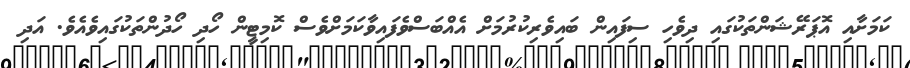
ކަމަށާއި އޮޕަރޭޝަންތަކުގައި ދިވެހި ސިފައިން ބައިވެރިކުރުމަށް އެއްބަސްވެފައިވާކަމަށްވެސް ކޮމިޓީން ހޯދި ހޯދުންތަކުގައިވެއެވެ. އަދި